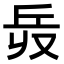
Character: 𠬿